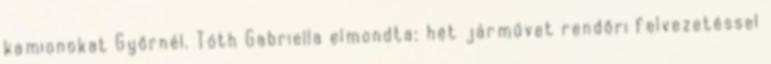
kamionokat Győrnél. Tóth Gabriella elmondta: hét járművet rendőri felvezetéssel